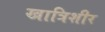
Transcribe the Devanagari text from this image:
खात्रिशीर